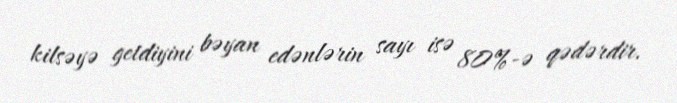
kilsəyə getdiyini bəyan edənlərin sayı isə 80%-ə qədərdir.